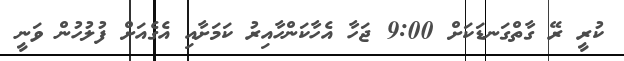
ކުރީ ރޭ ގާތްގަނޑަކަށް 9:00 ޖަހާ އެހާކަންހާއިރު ކަމަށާއި އެގެއަށް ފުލުހުން ވަނީ